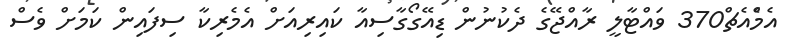
އެމްެއެޗް370 ވައްޓާލީ ރާއްޖޭގެ ދެކުނުން ޑިއޭގޯގާސިއާ ކައިރިއަށް އެމެރިކާ ސިފައިން ކަމަށް ވެސް